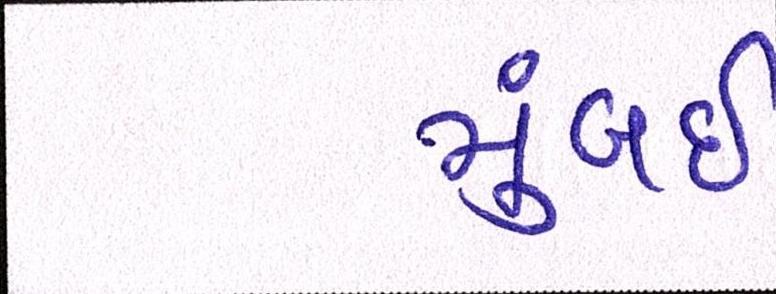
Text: મુંબઇઃ